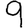
Digit: 9